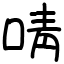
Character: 啨